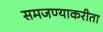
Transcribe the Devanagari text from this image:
समजण्याकरीता